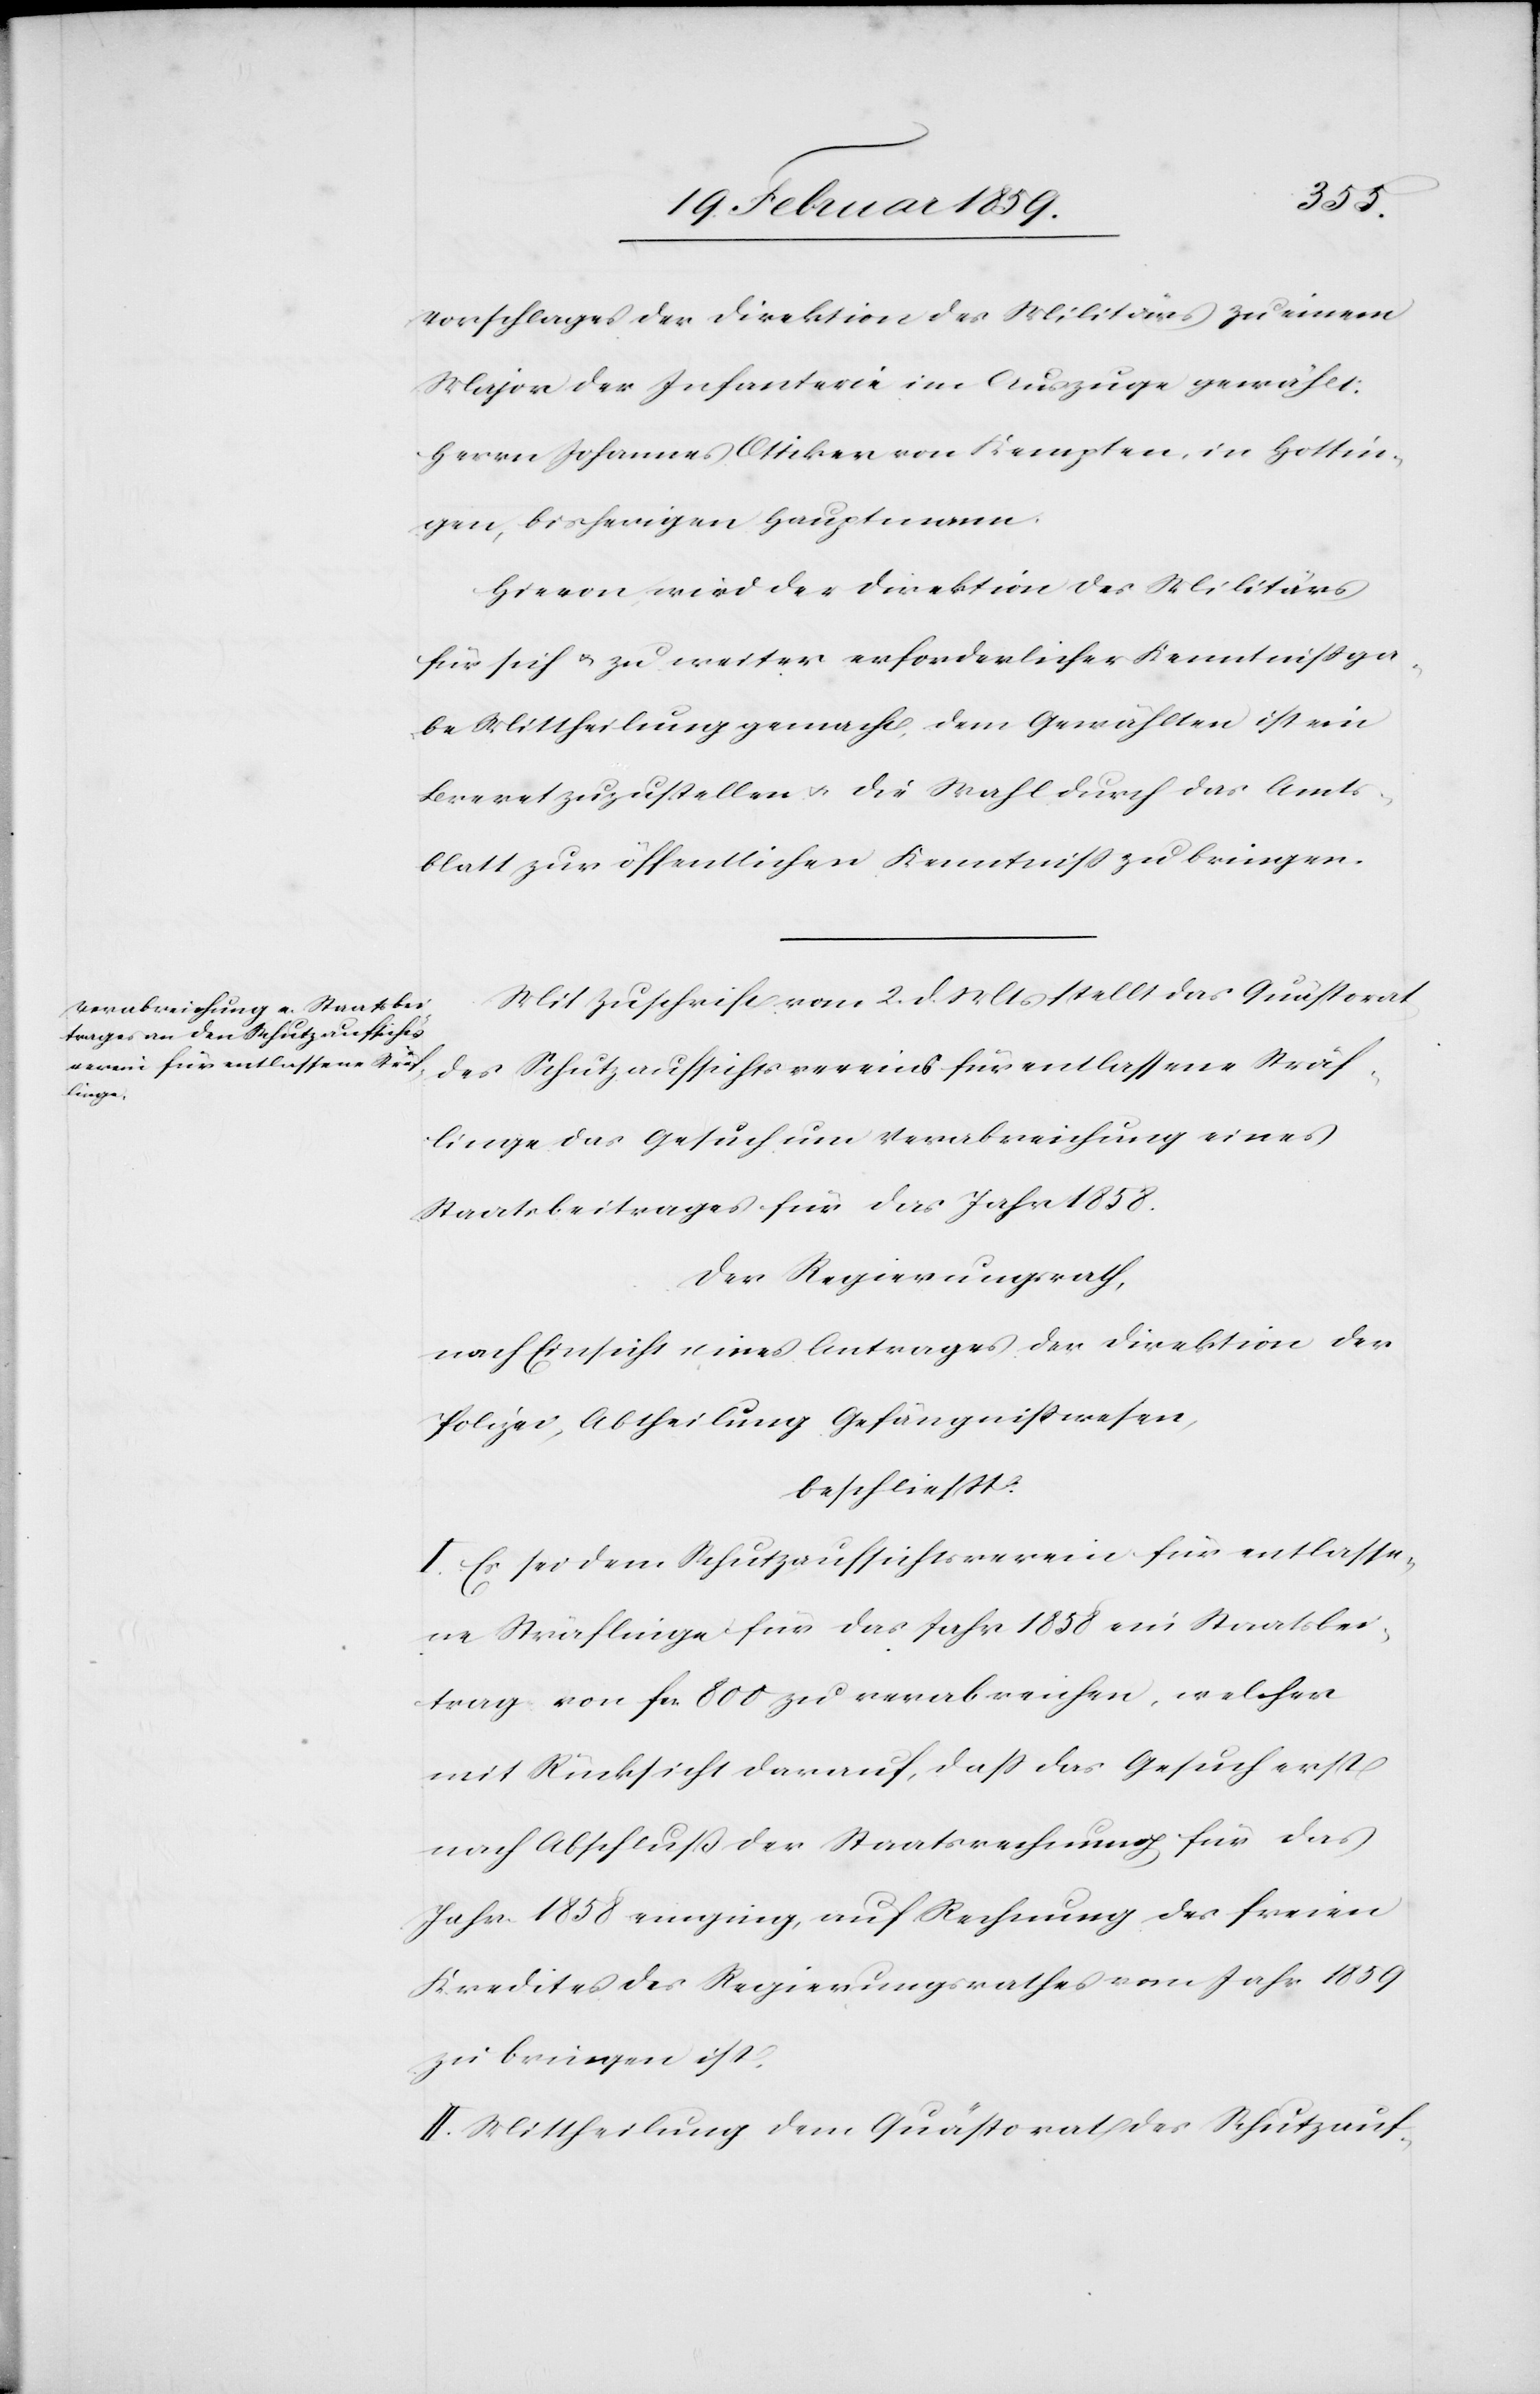
Vorschlages der Direktion des Militärs zu einem
Major der Infanterie im Auszuge gewählt:
Herrn Johannes Ottiker von Kempten, in Hottin¬
gen, bisherigen Hauptmann.
Hievon wird der Direktion des Militärs
für sich u. zu weiter erforderlicher Kenntnißga¬
be Mittheilung gemacht, dem Gewählten ist ein
Brevet zuzustellen u. die Wahl durch das Amts¬
blatt zur öffentlichen Kenntniß zu bringen.
Mit Zuschrift vom 2. d. Mts stellt das Quästorat
des Schutzaufsichtsvereins für entlassene Sträf¬
linge das Gesuch um Verabreichung eines
Staatsbeitrages für das Jahr 1858.
Der Regierungsrath,
nach Einsicht eines Antrages der Direktion der
Polizei, Abtheilung Gefängnißwesen,
beschließt:
I. Es sei dem Schutzaufsichtsverein für entlasse¬
ne Sträflinge für das Jahr 1858 ein Staatsbei¬
trag von fcs. 800 zu verabreichen, welcher
mit Rücksicht darauf, daß das Gesuch erst
nach Abschluß der Staatsrechnung für das
Jahr 1858 einging, auf Rechnung des freien
Kredites des Regierungsrathes vom Jahr 1859
zu bringen ist.
II. Mittheilung dem Quästorat des Schutzauf-